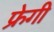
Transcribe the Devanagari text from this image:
फ्रेगी